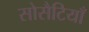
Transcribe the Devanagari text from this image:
सोसैटियाँ